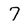
Character: 7